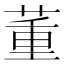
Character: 董